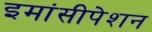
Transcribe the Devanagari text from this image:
इमांसीपेशन